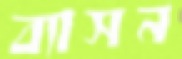
ব্যাসন